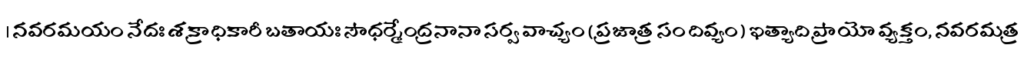
। నవరమయం నేదః శక్రాధికారీ బతాయః సౌధర్మేంద్రనానా సర్వ వాచ్యం ( ప్రజాత్ర సం దివ్యం ) ఇత్యాది ప్రాయో వ్యక్తం, నవరమత్ర